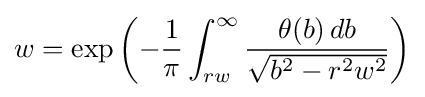
w=\exp \left(-{\frac {1}{\pi }}\int _{rw}^{\infty }{\frac {\theta (b)\,db}{\sqrt {b^{2}-r^{2}w^{2}}}}\right)